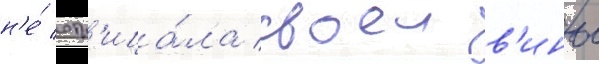
н'е́ отр'ица́ла своеи в'ины